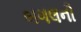
બગલની